Indian journal of veterinary science and animal husbandry - Volumes 15-17, 1948-1951
Year: 1948
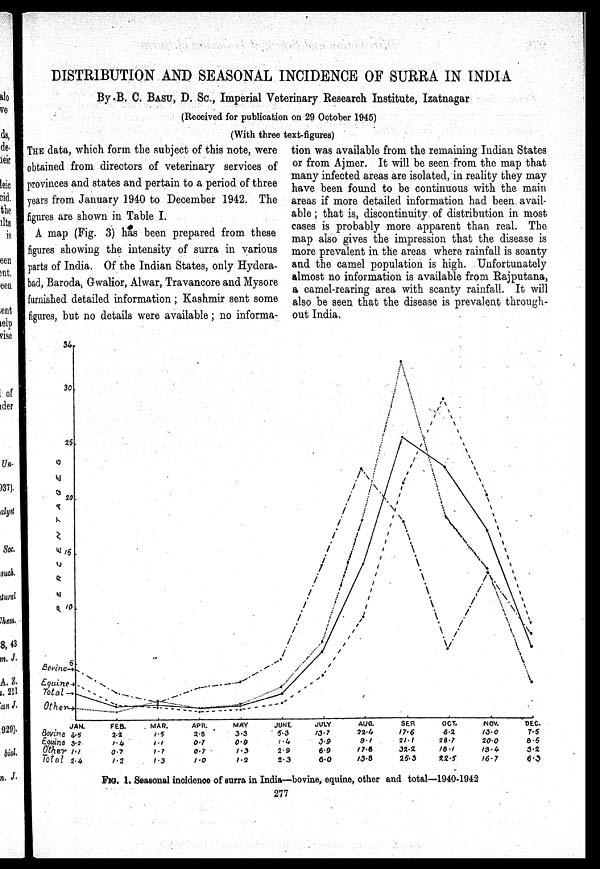
DISTRIBUTION AND SEASONAL INCIDENCE OF SURRA IN INDIA
By.B. C. BASU, D. Sc., Imperial Veterinary Research Institute, Izatnagar
(Received for publication on 29 October 1945)
(With three text-figures)
THE data, which form the subject of this note, were
obtained from directors of veterinary services of
provinces and states and pertain to a period of three
years from January 1940 to December 1942. The
figures are shown in Table I.
A map (Fig. 3) has been prepared from these
figures showing the intensity of surra in various
parts of India. Of the Indian States, only Hydera-
bad, Baroda, Gwalior, Alwar, Travancore and Mysore
furnished detailed information; Kashmir sent some
figures, but no details were available; no informa-
tion was available from the remaining Indian States
or from Ajmer. It will be seen from the map that
many infected areas are isolated, in reality they may
have been found to be continuous with the main
areas if more detailed information had been avail-
able; that is, discontinuity of distribution in most
cases is probably more apparent than real. The
map also gives the impression that the disease is
more prevalent in the areas where rainfall is scanty
and the camel population is high. Unfortunately
almost no information is available from Rajputana,
a camel-rearing area with scanty rainfall. It will
also be seen that the disease is prevalent through-
out India.
FIG. 1. Seasonal inoidenoe of surra in India—bovine, equine, other and total—1940-1942
277